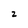
Character: z